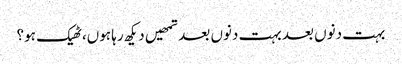
بہت دنوں بعد بہت دنوں بعد تمھیں دیکھ رہا ہوں،ٹھیک ہو؟